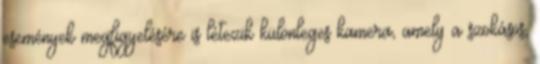
események megfigyelésére is létezik különleges kamera, amely a szokásos,